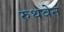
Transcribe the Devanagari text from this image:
रुथवेन